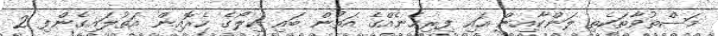
މަސްތުވާތަކެތި ލަންކާއިން އައި ފިރިހެނެއްގެ އަތުން ބައި ކިލޯގެ ހެރޮއިން އަތުލައިގެންފި 2